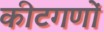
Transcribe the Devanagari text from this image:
कीटगणों